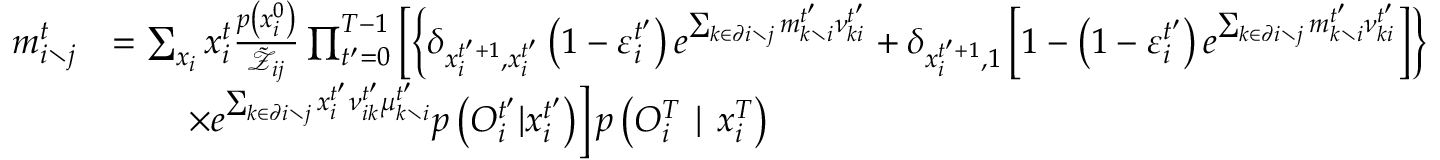
\begin{array} { r l } { m _ { i \setminus j } ^ { t } } & { = \sum _ { \boldsymbol { x } _ { i } } x _ { i } ^ { t } \frac { p \left( x _ { i } ^ { 0 } \right) } { \tilde { \mathcal { Z } } _ { i j } } \prod _ { t ^ { \prime } = 0 } ^ { T - 1 } \left[ \left\{ \delta _ { x _ { i } ^ { t ^ { \prime } + 1 } , x _ { i } ^ { t ^ { \prime } } } \left( 1 - \varepsilon _ { i } ^ { t ^ { \prime } } \right) e ^ { \sum _ { k \in \partial i \setminus j } m _ { k \setminus i } ^ { t ^ { \prime } } \nu _ { k i } ^ { t ^ { \prime } } } + \delta _ { x _ { i } ^ { t ^ { \prime } + 1 } , 1 } \left[ 1 - \left( 1 - \varepsilon _ { i } ^ { t ^ { \prime } } \right) e ^ { \sum _ { k \in \partial i \setminus j } m _ { k \setminus i } ^ { t ^ { \prime } } \nu _ { k i } ^ { t ^ { \prime } } } \right] \right\} \right. } \\ & { \qquad \left. \times e ^ { \sum _ { k \in \partial i \setminus j } x _ { i } ^ { t ^ { \prime } } \nu _ { i k } ^ { t ^ { \prime } } \mu _ { k \setminus i } ^ { t ^ { \prime } } } p \left( { O } _ { i } ^ { t ^ { \prime } } | x _ { i } ^ { t ^ { \prime } } \right) \right] p \left( { O } _ { i } ^ { T } \mid x _ { i } ^ { T } \right) } \end{array}